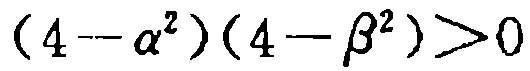
\((4 - \alpha^{2})(4 - \beta^{2})>0\)